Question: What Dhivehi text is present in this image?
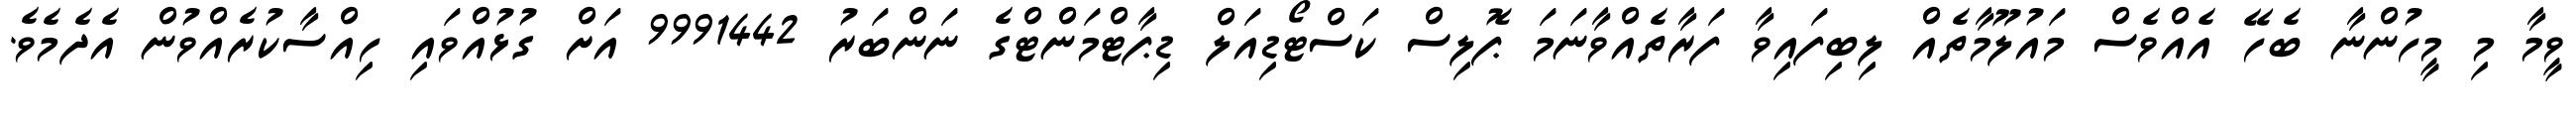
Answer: ވީމާ މި މީހުންނާ ބެހޭ އެއްވެސް މައުލޫމާތެއް ލިބިފައިވާ ފަރާތެއްވާނަމަ ޕޮލިސް ކަސްޓޯޑިއަލް ޑިޕާޓްމަންޓްގެ ނަންބަރު 9991442 އަށް ގުޅުއްވައި ހިއްސާކުރެއްވުން އެދެމެވެ.